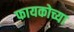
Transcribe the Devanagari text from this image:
फायकोच्या